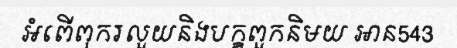
អំពើពុករលួយនិងបក្ខពួកនិមយ អាន543